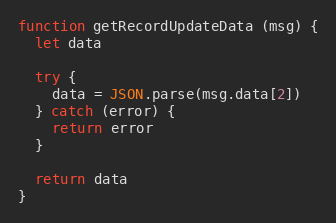
Language: JavaScript
function getRecordUpdateData (msg) {
  let data

  try {
    data = JSON.parse(msg.data[2])
  } catch (error) {
    return error
  }

  return data
}